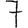
Digit: 7